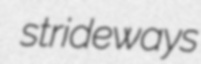
strideways